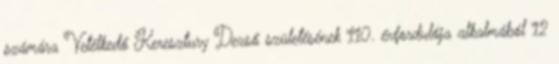
számára Vetélkedő Keresztury Dezső születésének 110. évfordulója alkalmából 12